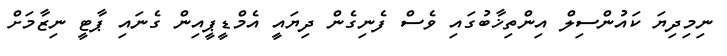
ނިމިދިޔަ ކައުންސިލް އިންތިޚާބުގައި ވެސް ފެނިގެން ދިޔައީ އެމްޑީޕީއިން ގެނައި ޕާޓީ ނިޒާމަށް